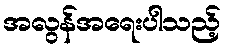
အလွန်အရေးပါသည့်